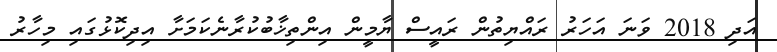
އަދި 2018 ވަނަ އަހަރު ރައްޔިތުން ރައީސް ޔާމީން އިންތިޚާބުކުރާނެކަމަށާ އިދިކޮޅުގައި މިހާރު